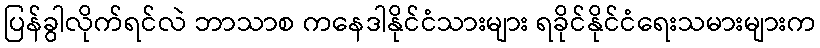
ပြန်ခွါလိုက်ရင်လဲ ဘာသာစ ကနေဒါနိုင်ငံသားများ ရခိုင်နိုင်ငံရေးသမားများက